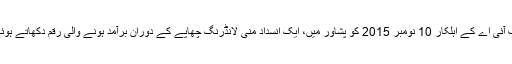
ایف آئی اے کے اہلکار 10 نومبر 2015 کو پشاور میں، ایک انسدادِ منی لانڈرنگ چھاپے کے دوران برآمد ہونے والی رقم دکھاتے ہوئے۔